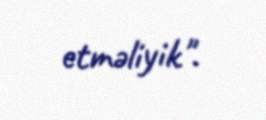
etməliyik".